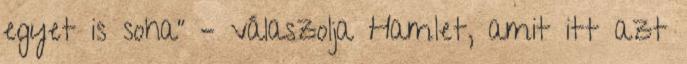
egyet is soha” – válaszolja Hamlet, amit itt azt